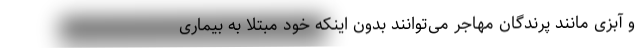
و آبزی مانند پرندگان مهاجر می‌توانند بدون اینکه خود مبتلا به بیماری